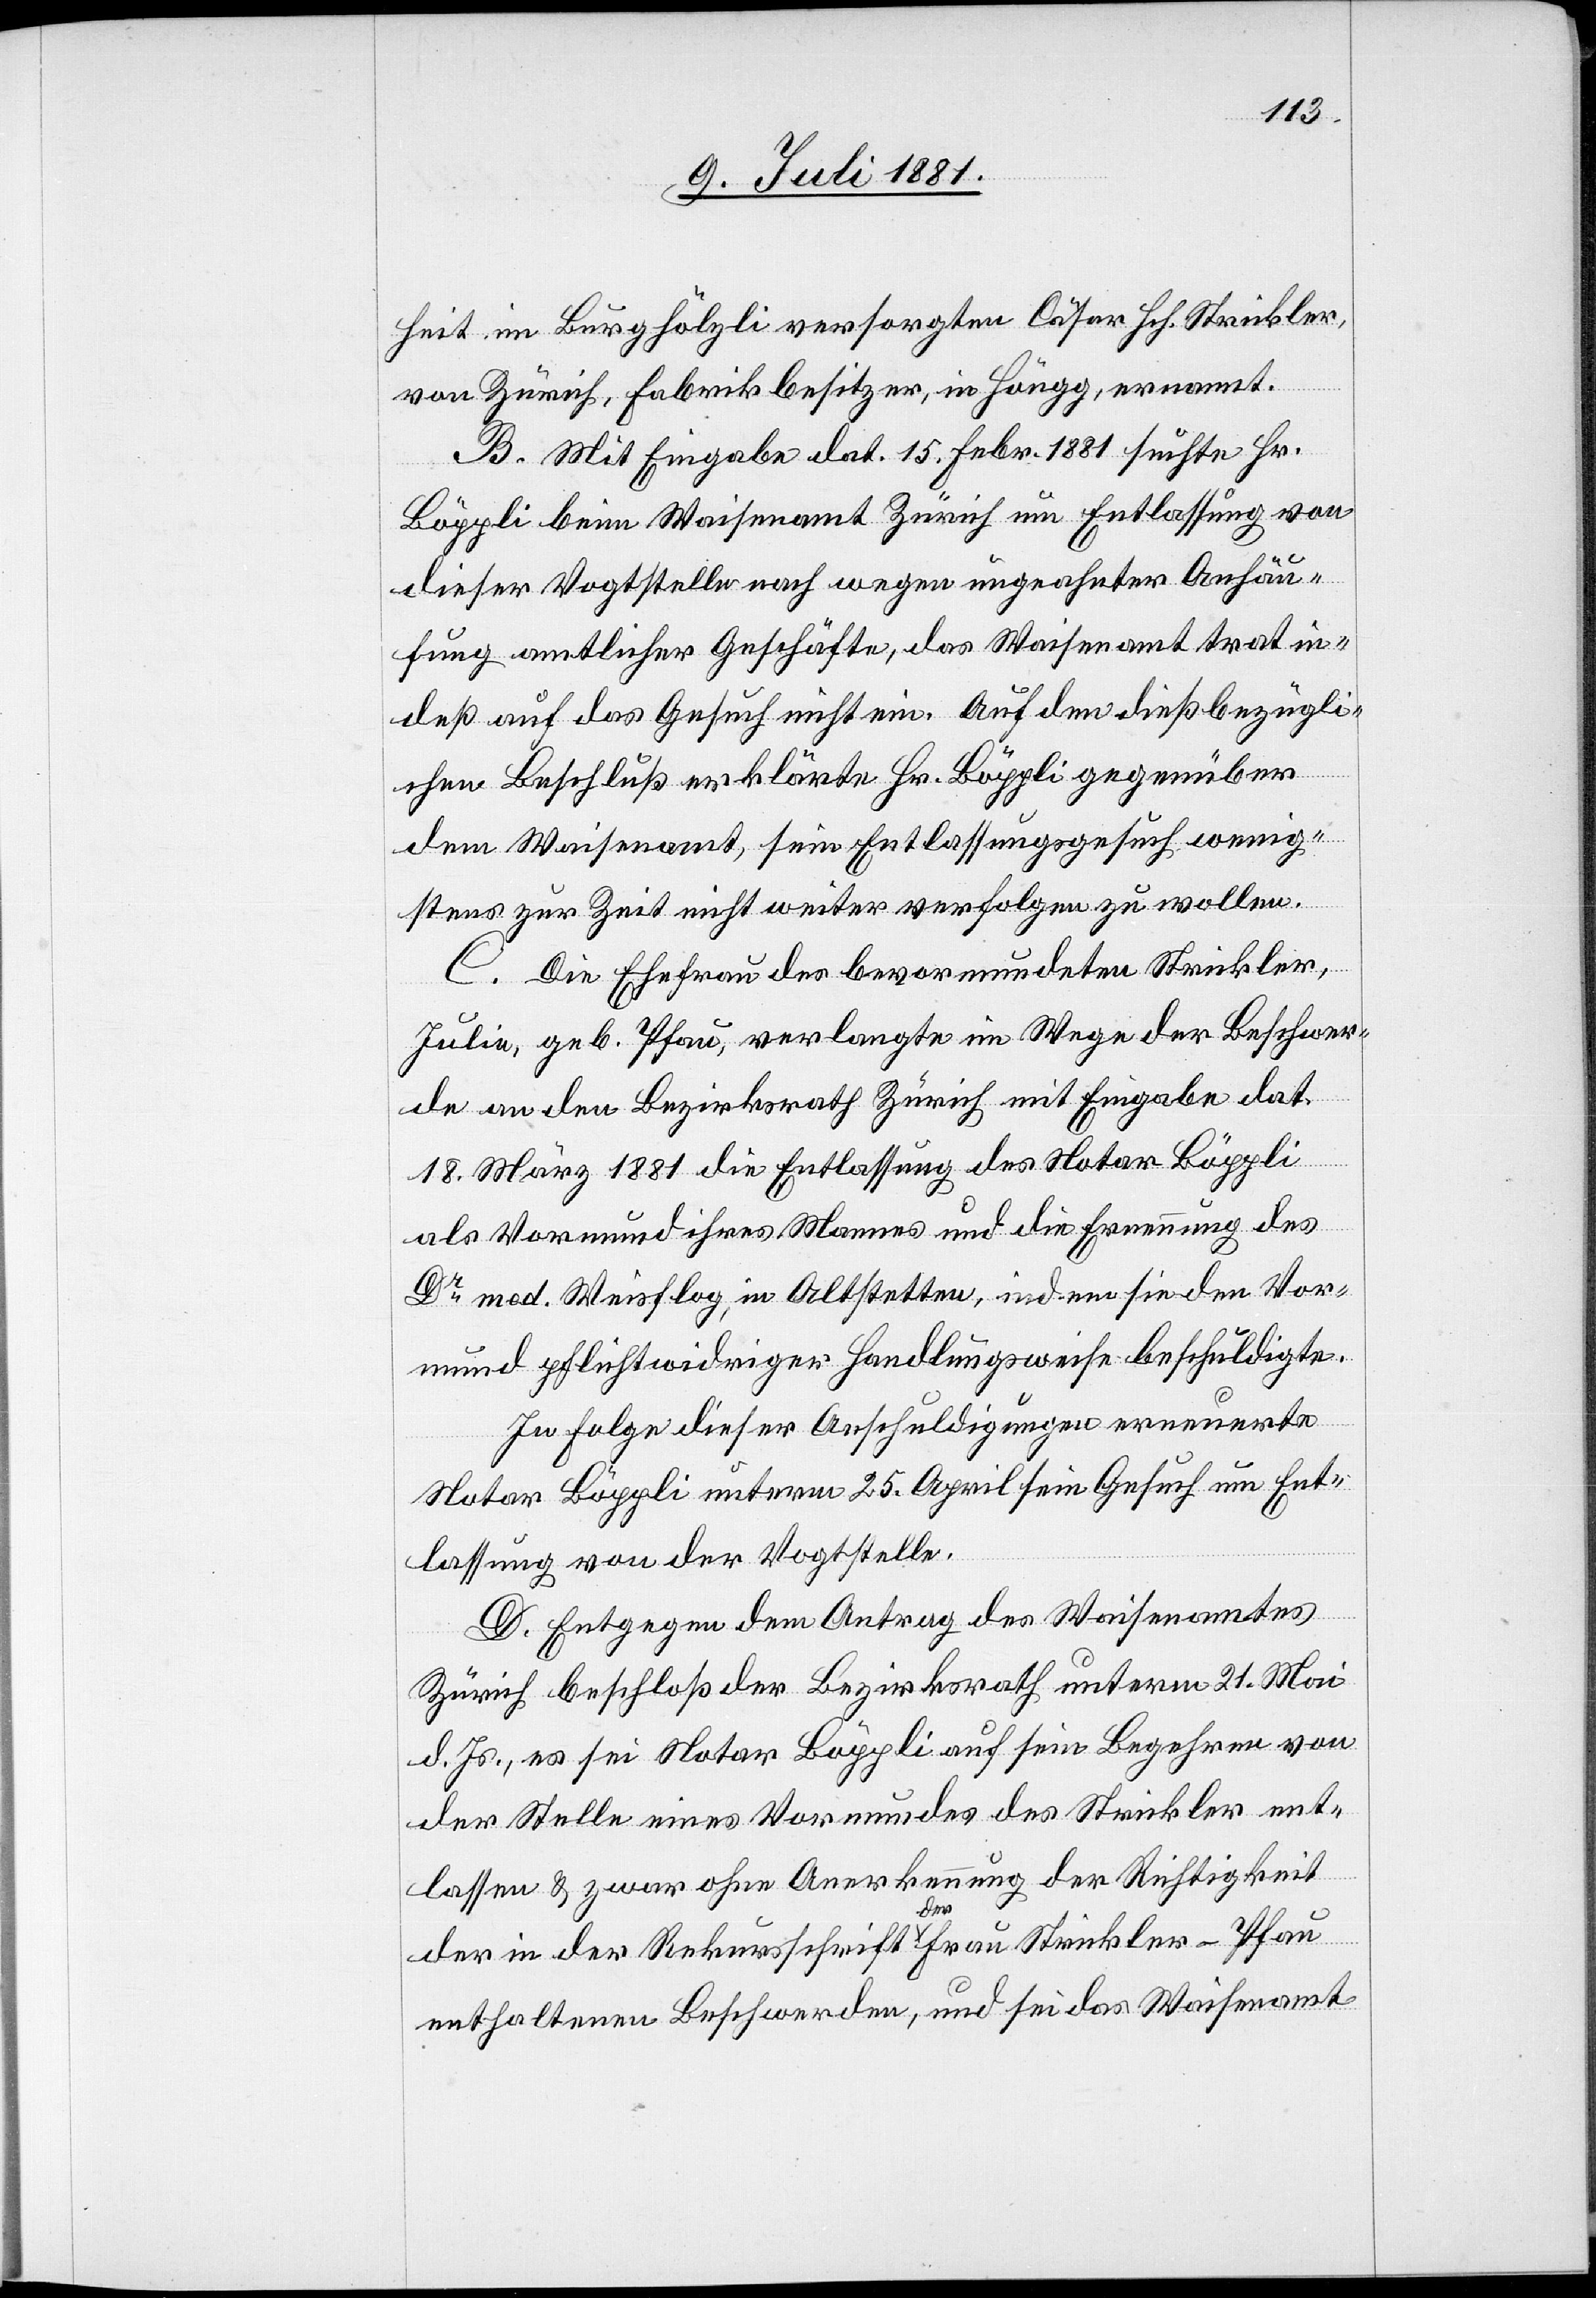
heit im Burghölzli versorgten Cäsar Hch. Strickler,
von Zürich, Fabrikbesitzer, in Höngg, ernannt.
B. Mit Eingabe dat. 15. Febr. 1881 suchte Hr.
Böppli beim Waisenamt Zürich um Entlassung von
dieser Vogtstelle nach wegen ungeahnter Anhäu¬
fung amtlicher Geschäfte, das Waisenamt trat in¬
deß auf das Gesuch nicht ein. Auf den dießbezügli¬
chen Beschluß erklärte Hr. Böppli gegenüber
dem Waisenamt, sein Entlassungsgesuch wenig¬
stens zur Zeit nicht weiter verfolgen zu wollen.
C. Die Ehefrau des bevormundeten Strickler,
Julia, geb. Pfau, verlangte im Wege der Beschwer¬
de an den Bezirksrath Zürich mit Eingabe dat.
18. März 1881 die Entlassung des Notar Böppli
als Vormund ihres Mannes und die Ernennung des
Dr med. Weisflug, in Altstetten, indem sie den Vor¬
mund pflichtwidriger Handlungsweise beschuldigte.
In Folge dieser Anschuldigungen erneuerte
Notar Böppli unterm 25. April sein Gesuch um Ent¬
lassung von der Vogtstelle.
D. Entgegen dem Antrag des Waisenamtes
Zürich beschloß der Bezirksrath unterm 21. Mai
d. Js., es sei Notar Böppli auf sein Begehren von
der Stelle eines Vormundes des Strickler ent¬
lassen & zwar ohne Anerkennung der Richtigkeit
der in der Rekursschrift der Frau Strickler-Pfau
enthaltenen Beschwerden, und sei das Waisenamt